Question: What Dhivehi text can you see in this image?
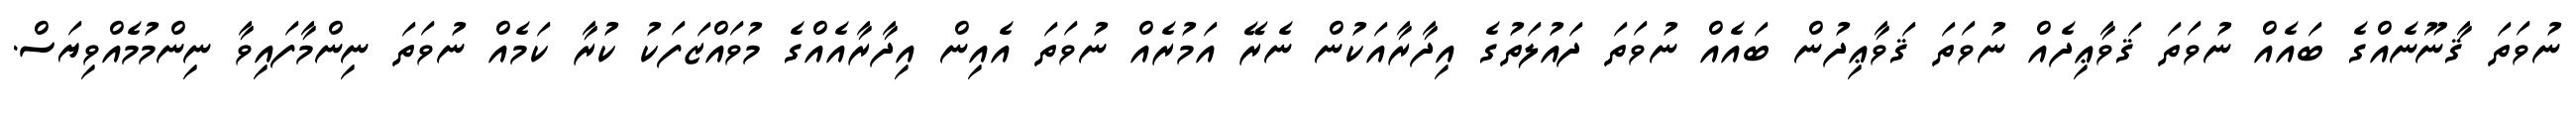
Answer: ނުވަތަ ޤާނޫނެއްގެ ބައެއް ނުވަތަ ޤަވާޢިދެއް ނުވަތަ ޤަވާޢިދުން ބައެއް ނުވަތަ ދައުލަތުގެ އިދާރާއަކުން ނެރޭ އަމުރެއް ނުވަތަ އެއިން އިދާރާއެއްގެ މުވައްޒަފަކު ކުރާ ކަމެއް ނުވަތަ ނިންމާފައިވާ ނިންމުމެއްވިޔަސް.